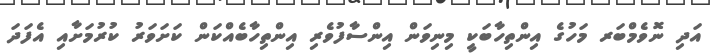
އަދި ނޮވެމްބަރ މަހުގެ އިންތިހާބަކީ މިނިވަން އިންސާފުވެރި އިންތިހާބެއްކަން ކަށަވަރު ކުރުމަށާއި އެފަދަ